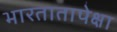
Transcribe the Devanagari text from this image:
भारतातापेक्षा